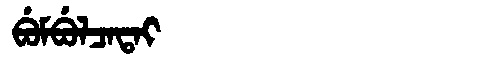
Manchu: ᠪᡠᠮᠪᡠᠯᠴᠠᡨᠠᡳ
Romanization: BUMBULCATAI